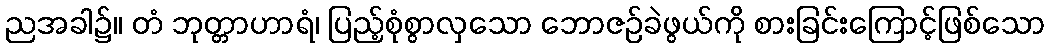
ညအခါ၌။ တံ ဘုတ္တာဟာရံ၊ ပြည့်စုံစွာလှသော ဘောဇဉ်ခဲဖွယ်ကို စားခြင်းကြောင့်ဖြစ်သော